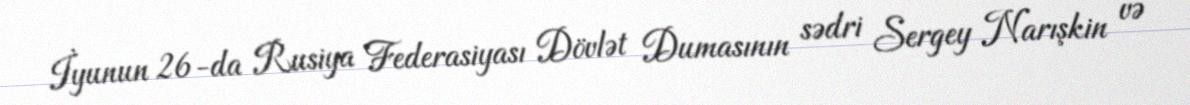
İyunun 26-da Rusiya Federasiyası Dövlət Dumasının sədri Sergey Narışkin və